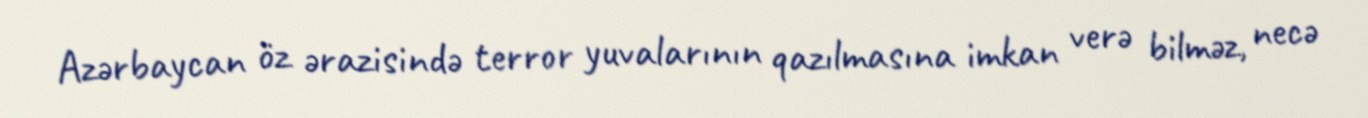
Azərbaycan öz ərazisində terror yuvalarının qazılmasına imkan verə bilməz, necə